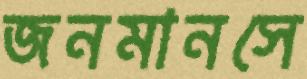
জনমানসে